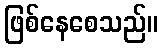
ဖြစ်နေစေသည်။